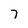
Character: 7